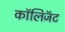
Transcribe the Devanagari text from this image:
कॉलिजॅट